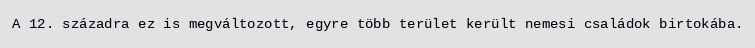
A 12. századra ez is megváltozott, egyre több terület került nemesi családok birtokába.